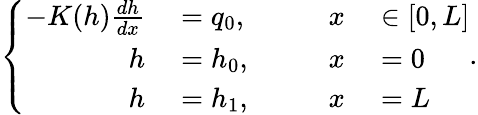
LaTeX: \left\{ \begin{array}{rlrl}{-K(h)\frac{dh}{dx}}&{{}=q_{0},\qquad}&{x}&{{}\in[0,L]}\\ {h}&{{}=h_{0},}&{x}&{{}=0}\\ {h}&{{}=h_{1},}&{x}&{{}=L}\end{array}\right..